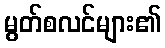
မွတ်စလင်များ၏